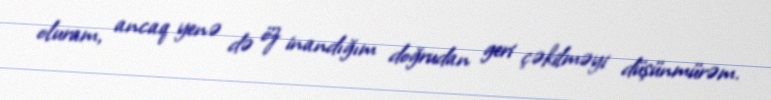
oluram, ancaq yenə də öz inandığım doğrudan geri çəkilməyi düşünmürəm.